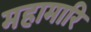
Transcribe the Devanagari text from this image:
महामारि